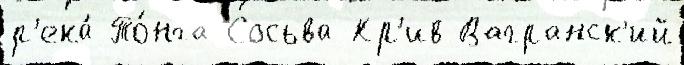
р'ека́ То́нга Сосьва Кр'ив-Вагранск'ий